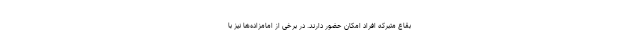
بقاع متبرکه افراد امکان حضور دارند. در برخی از امامزاده‌ها نیز با